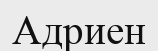
Адриен